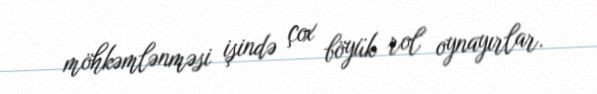
möhkəmlənməsi işində çox böyük rol oynayırlar.